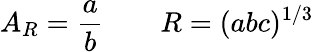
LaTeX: A_{R}=\frac{a}{b}\qquad R=(abc)^{1/3}